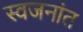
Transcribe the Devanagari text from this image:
स्वजनांत